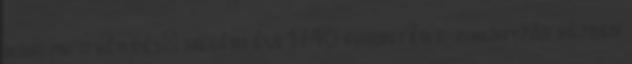
hangzik a kérdés: megéri évi 1740 forintért zuhanyzás közben